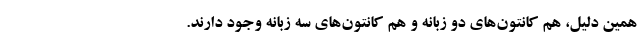
همین دلیل، هم کانتون‌های دو زبانه و هم کانتون‌های سه زبانه وجود دارند.